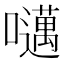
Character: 𫬱